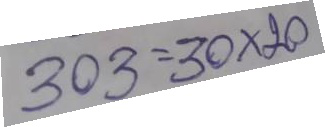
303 = 20 x 30